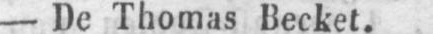
- De Thomas Becket.